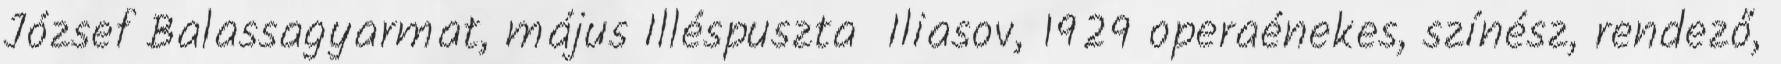
József Balassagyarmat, május Illéspuszta Iliasov, 1929 operaénekes, színész, rendező,